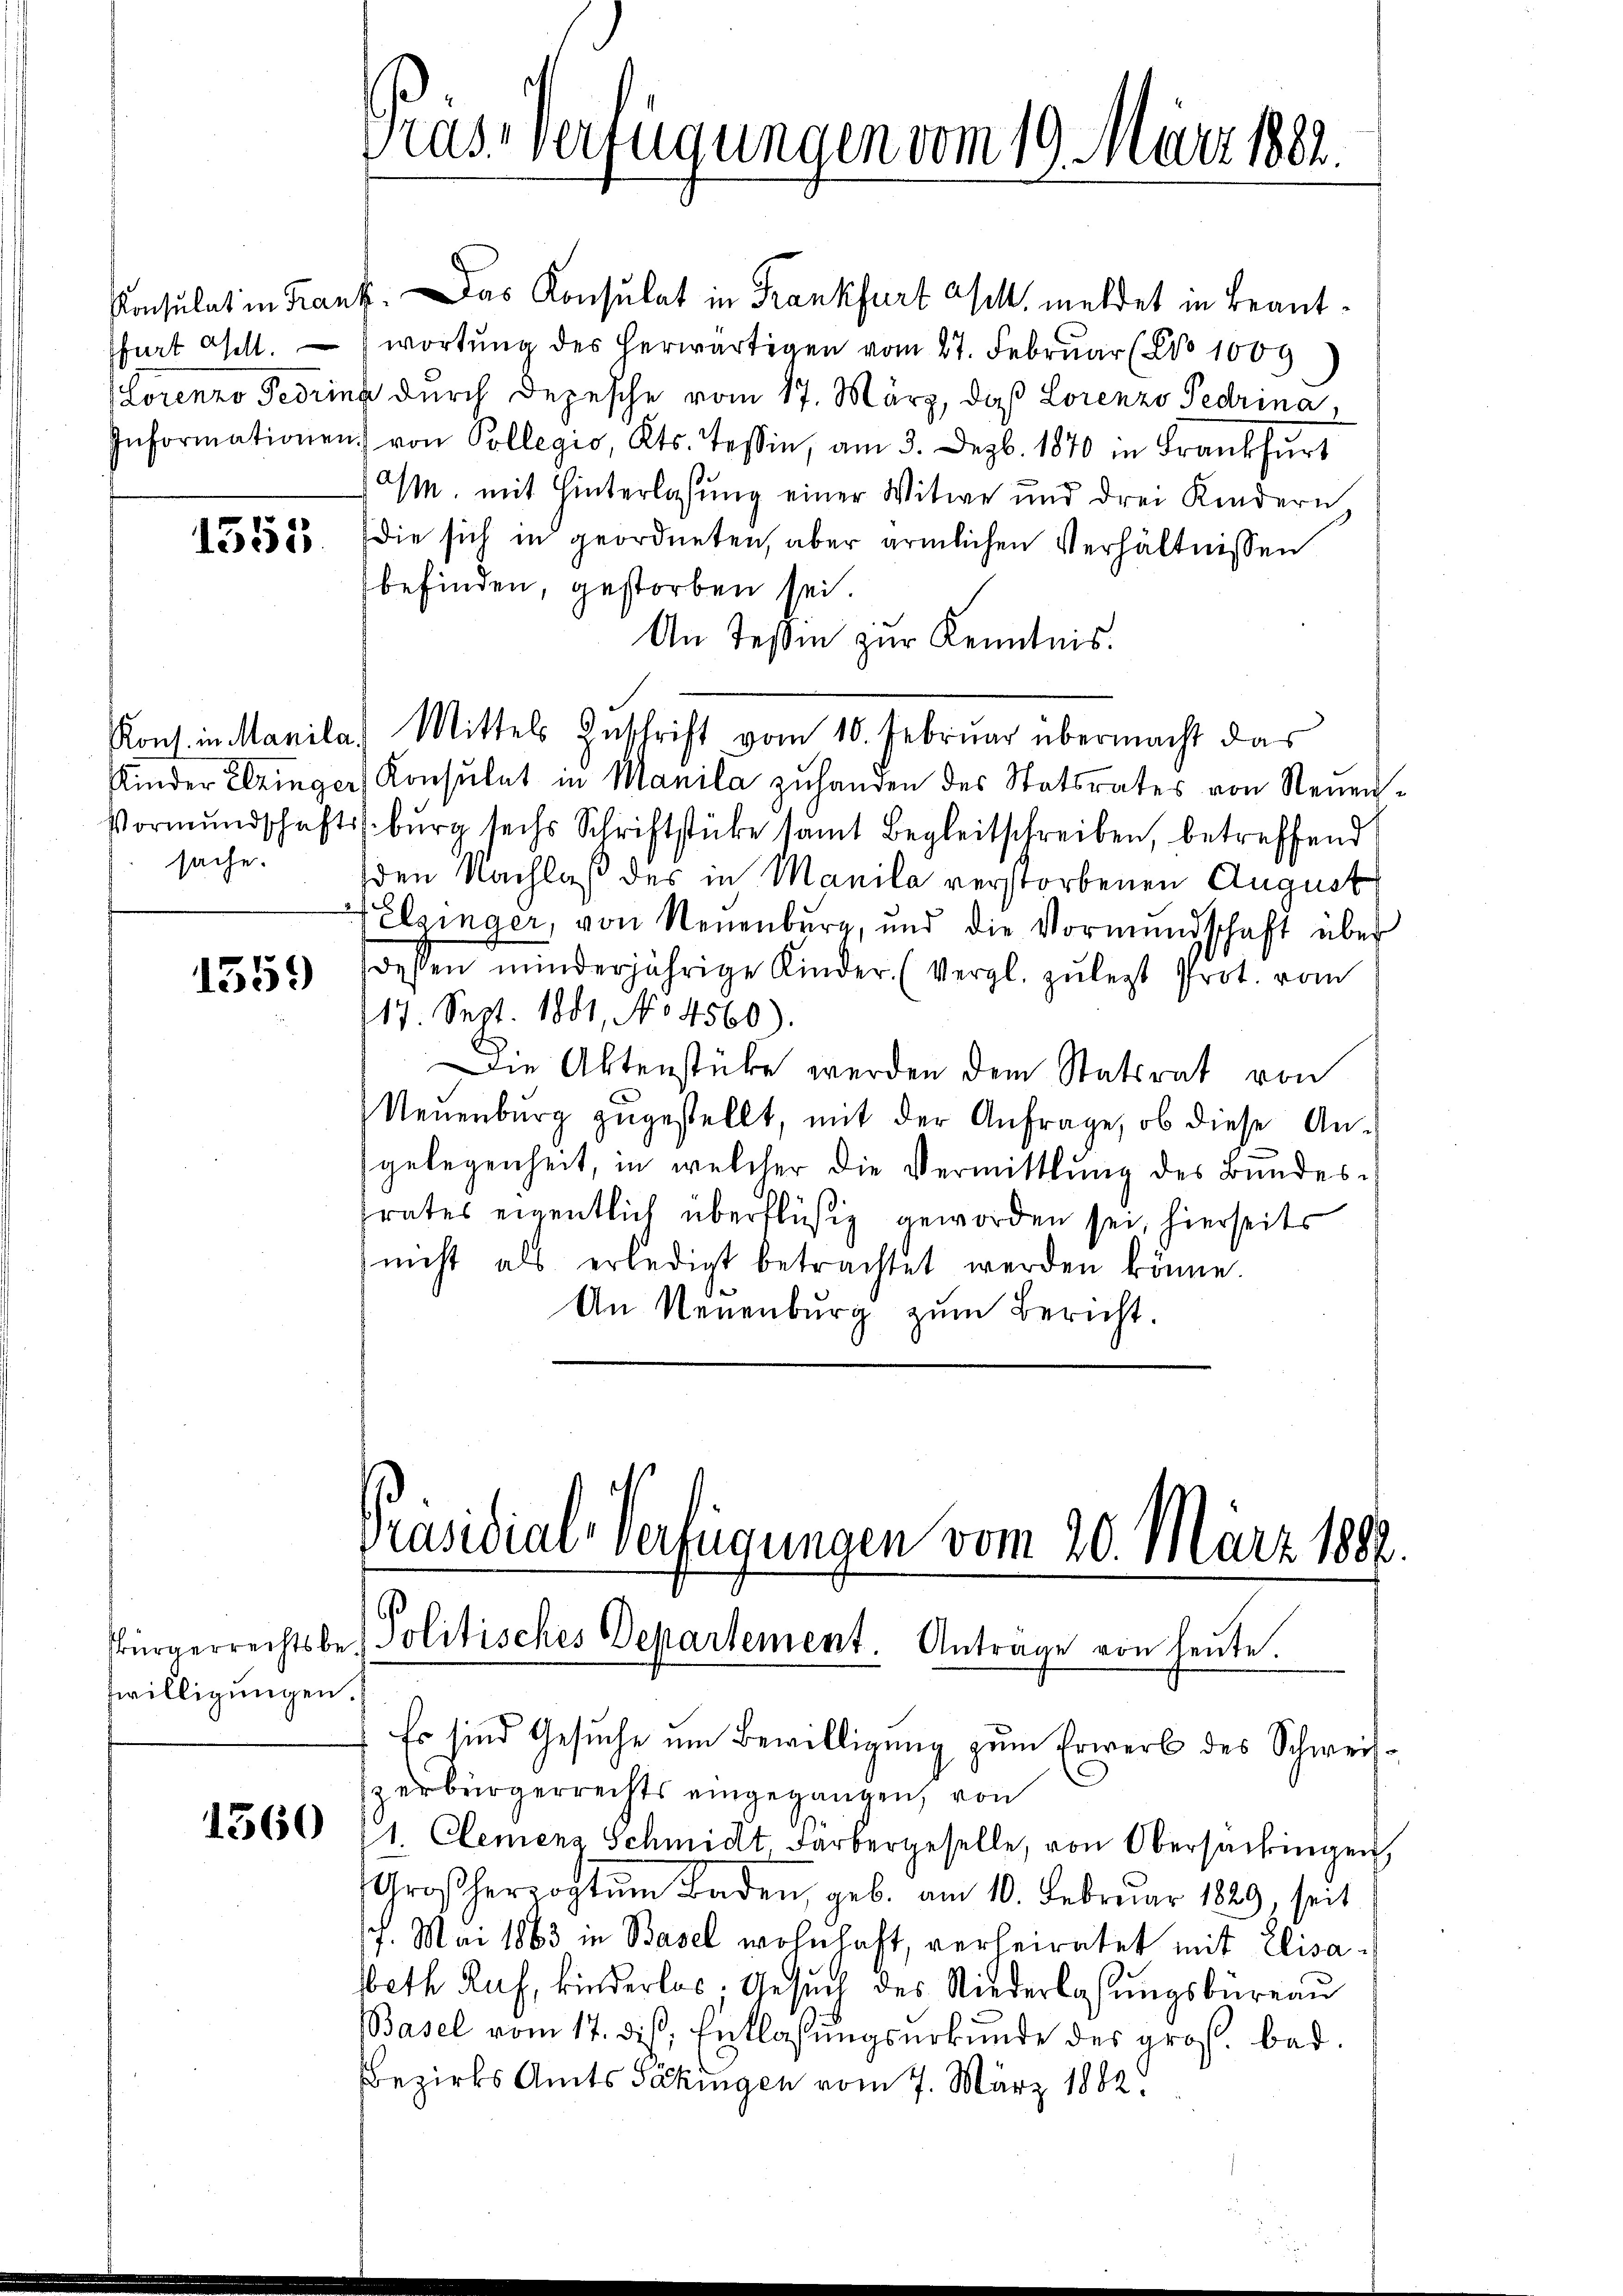
ffurt asell.

1553

sache.

1359)

Zwilligungen.

1360

assverfügungen vom 19. März 1882.

Konsulat in Franz. Das Konsulat in Frankfurt acht, meldet in Beantwortung des herwärtigen vom 27. Februar (No 1009
(Lorenzo Fedring durch Depesche vom 17. März, daß Lorenzo Pedrina
Informationen von Pollegio, Kts. Tessin, am 3. Dezb. 1870 in Frankfurt
a/m. mit Hinterlassung einer Witwe und drei Kindern
die sich in geordneten, aber ärmlichen Verhältnissen
befinden, gestorben sei.
An Teßin zur Kenntnis.
Kons. in Manila, Mittels Zuschrift vom 10. Februar übermacht das
Kinder Eringer Konsulat in Manila zuhanden des Statsrates von Neuen¬
Vormundschaftsburg sechs Schriftstücke samt Begleitschreiben, betreffend
den Nachlaß des in Manila verstorbenen August
Pelzinger, von Neuenburg, und die Vormundschaft über
dessen minderjährige Kinder. (Vergl. zŭ legt Prot. vom
117. Sept. 1881, No 4560).
Die Aktenstüke werden dem Statsrat von
Neuenburg zugestellt, mit der Anfrage, ob diese Angelegenheit, in welcher die Vermittlung des Bundesrates eigentlich überflüßig geworden sei, hierseits
nicht als erledigt betrachtet werden könne.
An Neuenburg zum Bericht.

Präsidial-Verfügungen vom 20. März 1888.
Bürgerrechtsbe- Politisches Departement. Antrage von heute.

Es sind Gesuche um Bewilligung zum Erwerb des Schweiszerbürgerrechts eingegangen, von
1. Clemenz Schmidt. Farbergeselle, von Obersackingen,
Großherzogtum Baden, geb. am 10. Februar 1829, seit
7. Mai 1863 in Basel wohnhaft, verheiratet mit Elisabeth Raf, kinderlos. Gesuch des Niederlassungsbüreau
Basel vom 17. dieß, Entlassungsurkunde des groß. bad.
Bezirks Amts Säkingen vom 7. März 1882.